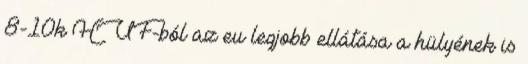
8-10k HUF-ból az eu legjobb ellátása a hülyének is